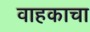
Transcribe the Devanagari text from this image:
वाहकाचा